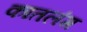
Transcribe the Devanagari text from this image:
कातलंग